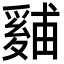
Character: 𪺙